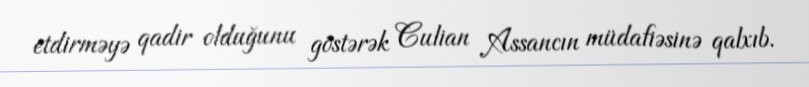
etdirməyə qadir olduğunu göstərək Culian Assancın müdafiəsinə qalxıb.